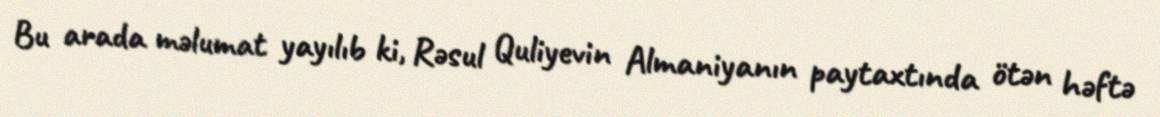
Bu arada məlumat yayılıb ki, Rəsul Quliyevin Almaniyanın paytaxtında ötən həftə